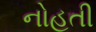
નોહતી